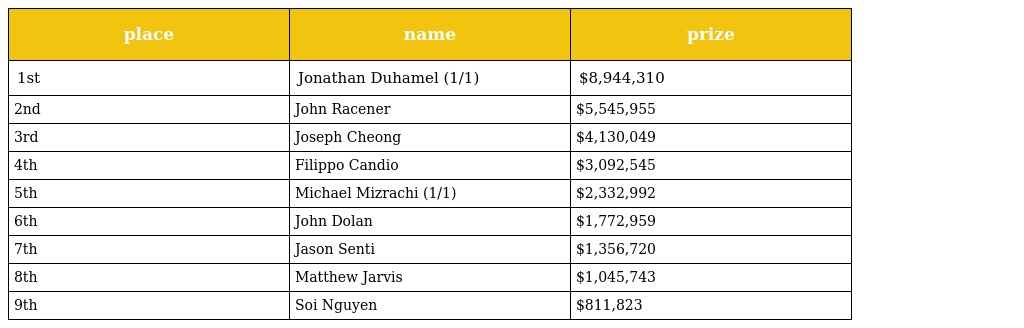
| place | name | prize |
 | --- | --- | --- |
 | 1st | Jonathan Duhamel (1/1) | $8,944,310 |
 | 2nd | John Racener | $5,545,955 |
 | 3rd | Joseph Cheong | $4,130,049 |
 | 4th | Filippo Candio | $3,092,545 |
 | 5th | Michael Mizrachi (1/1) | $2,332,992 |
 | 6th | John Dolan | $1,772,959 |
 | 7th | Jason Senti | $1,356,720 |
 | 8th | Matthew Jarvis | $1,045,743 |
 | 9th | Soi Nguyen | $811,823 |